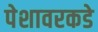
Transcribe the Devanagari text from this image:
पेशावरकडे